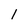
Character: l